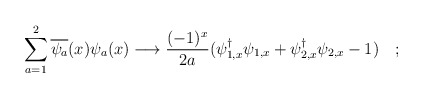
\begin{align*}\sum_{a=1}^2 \overline{\psi_{a}}(x)\psi_{a}(x) \longrightarrow \frac{(-1)^{x}}{2a}(\psi^{\dagger}_{1,x}\psi_{1,x}+ \psi^{\dagger}_{2,x}\psi_{2,x}-1)\quad ;\end{align*}